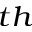
^ { t h }